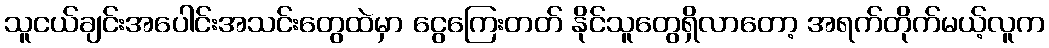
သူငယ်ချင်းအပေါင်းအသင်းတွေထဲမှာ ငွေကြေးတတ် နိုင်သူတွေရှိလာတော့ အရက်တိုက်မယ့်လူက